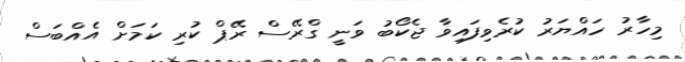
މިހާރު ހައްޔަރު ކުރެވިފައިވާ ޖެކޯބު ވަނީ ގްރޭސް ރޭޕް ކުރި ކަމަށް އެއްބަސް